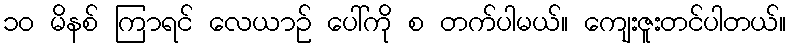
၁၀ မိနစ် ကြာရင် လေယာဉ် ပေါ်ကို စ တက်ပါမယ်။ ကျေးဇူးတင်ပါတယ်။